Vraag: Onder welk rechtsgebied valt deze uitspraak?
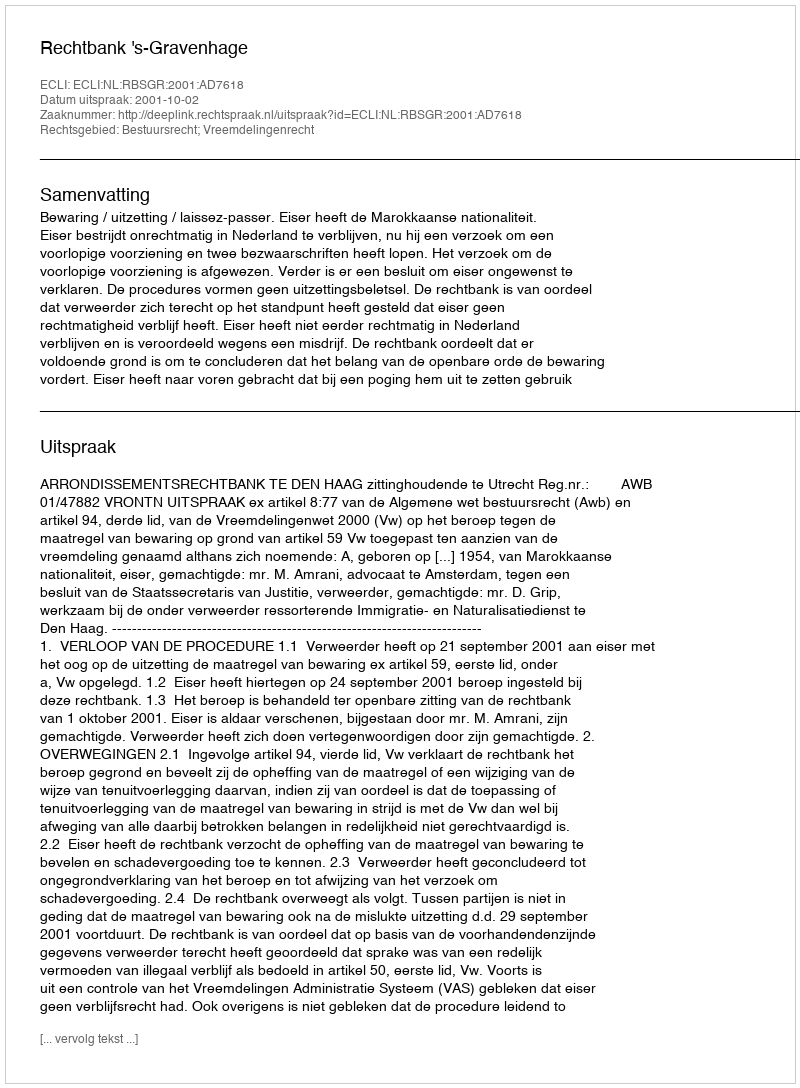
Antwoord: Bestuursrecht; Vreemdelingenrecht